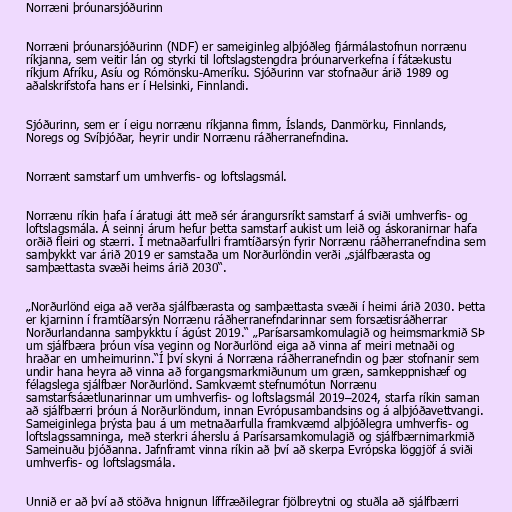
Norræni þróunarsjóðurinn

Norræni þróunarsjóðurinn (NDF) er sameiginleg alþjóðleg fjármálastofnun norrænu
ríkjanna, sem veitir lán og styrki til loftslagstengdra þróunarverkefna í fátækustu
ríkjum Afríku, Asíu og Rómönsku-Ameríku. Sjóðurinn var stofnaður árið 1989 og
aðalskrifstofa hans er í Helsinki, Finnlandi.

Sjóðurinn, sem er í eigu norrænu ríkjanna fimm, Íslands, Danmörku, Finnlands,
Noregs og Svíþjóðar, heyrir undir Norrænu ráðherranefndina.

Norrænt samstarf um umhverfis- og loftslagsmál.

Norrænu ríkin hafa í áratugi átt með sér árangursríkt samstarf á sviði umhverfis- og
loftslagsmála. Á seinni árum hefur þetta samstarf aukist um leið og áskoranirnar hafa
orðið fleiri og stærri. Í metnaðarfullri framtíðarsýn fyrir Norrænu ráðherranefndina sem
samþykkt var árið 2019 er samstaða um Norðurlöndin verði „sjálfbærasta og
samþættasta svæði heims árið 2030“.

„Norðurlönd eiga að verða sjálfbærasta og samþættasta svæði í heimi árið 2030. Þetta
er kjarninn í framtíðarsýn Norrænu ráðherranefndarinnar sem forsætisráðherrar
Norðurlandanna samþykktu í ágúst 2019.“ „Parísarsamkomulagið og heimsmarkmið SÞ
um sjálfbæra þróun vísa veginn og Norðurlönd eiga að vinna af meiri metnaði og
hraðar en umheimurinn.“Í því skyni á Norræna ráðherranefndin og þær stofnanir sem
undir hana heyra að vinna að forgangsmarkmiðunum um græn, samkeppnishæf og
félagslega sjálfbær Norðurlönd. Samkvæmt stefnumótun Norrænu
samstarfsáætlunarinnar um umhverfis- og loftslagsmál 2019–2024, starfa ríkin saman
að sjálfbærri þróun á Norðurlöndum, innan Evrópusambandsins og á alþjóðavettvangi.
Sameiginlega þrýsta þau á um metnaðarfulla framkvæmd alþjóðlegra umhverfis- og
loftslagssamninga, með sterkri áherslu á Parísarsamkomulagið og sjálfbærnimarkmið
Sameinuðu þjóðanna. Jafnframt vinna ríkin að því að skerpa Evrópska löggjöf á sviði
umhverfis- og loftslagsmála.

Unnið er að því að stöðva hnignun líffræðilegrar fjölbreytni og stuðla að sjálfbærri